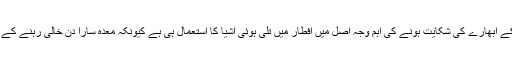
لوگوں کو سستی اور پیٹ کے ابھارے کی شکایت ہونے کی اہم وجہ اصل میں افطار میں تلی ہوئی اشیا کا استعمال ہی ہے کیونکہ معدہ سارا دن خالی رہنے کے بعد حساس ہوچکا ہوتا ہے۔